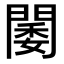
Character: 𨵋